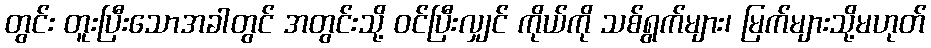
တွင်း တူးပြီးသောအခါတွင် အတွင်းသို့ ဝင်ပြီးလျှင် ကိုယ်ကို သစ်ရွက်များ၊ မြက်များသို့မဟုတ်